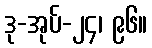
ဒု-အုပ်-၂၄၊ ၉၆။